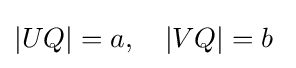
|UQ|=a,\quad |VQ|=b\